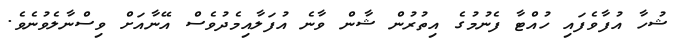
ޝުހާ އުފާވެފައި ހުއްޓާ ފެނުމުގެ އިތުރުން ޝާން ވާނެ އުފަލާއިމެދުވެސް އޭނާއަށް ވިސްނާލެވުނެވެ.